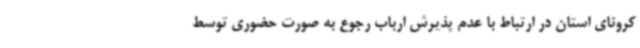
کرونای استان در ارتباط با عدم پذیرش ارباب رجوع به صورت حضوری توسط